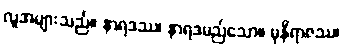
လူအများသည်။ နာရဒဿ၊ နာရဒမည်သော။ မုနိရာဇဿ၊